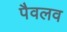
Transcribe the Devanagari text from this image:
पैवलव